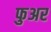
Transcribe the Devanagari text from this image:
फुअर